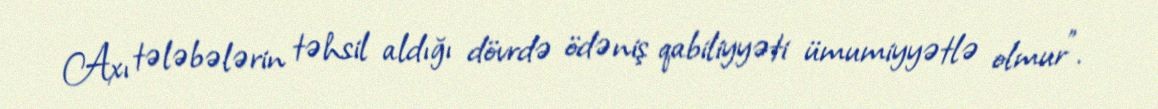
Axı tələbələrin təhsil aldığı dövrdə ödəniş qabiliyyəti ümumiyyətlə olmur”.